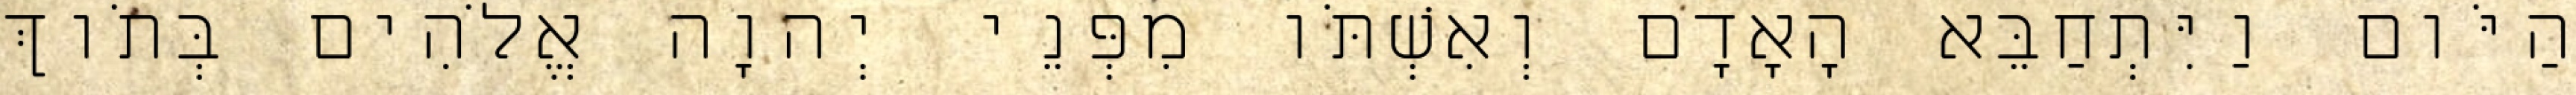
הַיֹּום וַיִּתְחַבֵּא הָאָדָם וְאִשְׁתֹּו מִפְּנֵי יְהוָה אֱלֹהִים בְּתֹוךְ